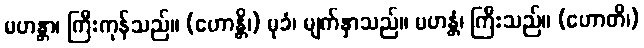
မဟန္တာ၊ ကြီးကုန်သည်။ (ဟောန္တိ၊) မုခံ၊ မျက်နှာသည်။ မဟန္တံ၊ ကြီးသည်။ (ဟောတိ၊)